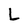
Character: L